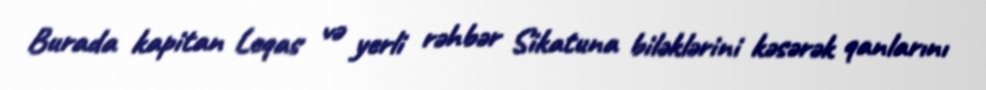
Burada kapitan Leqas və yerli rəhbər Sikatuna biləklərini kəsərək qanlarını